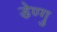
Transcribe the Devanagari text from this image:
डेण्गु